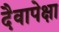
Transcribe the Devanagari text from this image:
दैवापेक्षा